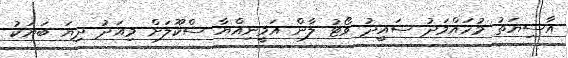
އާސިޔަތު މުހައްމަދު ސައީދު ވޯޓު ލާން އަމީނިއްޔާ ސްކޫލަށް މިއަދު ދިޔަ ބަޔަކު